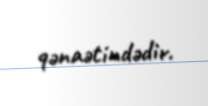
qənaətindədir.